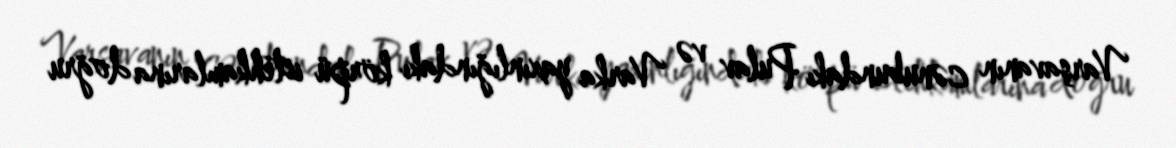
Varşavanın cənubundakı Pulav və Varka yaxınlığındakı körpü istehkamlarına doğru